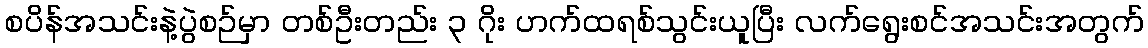
စပိန်အသင်းနဲ့ပွဲစဉ်မှာ တစ်ဦးတည်း ၃ ဂိုး ဟက်ထရစ်သွင်းယူပြီး လက်ရွေးစင်အသင်းအတွက်